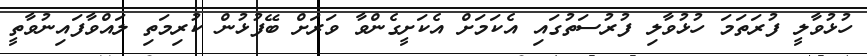
ހުޅުވާލީ ފުރަތަމަ ހުޅުވާލި ފުރުސަތުގައި އެކަމަށް އެކަށީގެންވާ ވަރަށް ބޭފުޅުން ކުރިމަތި ލައްވާފައިނުވާތީ